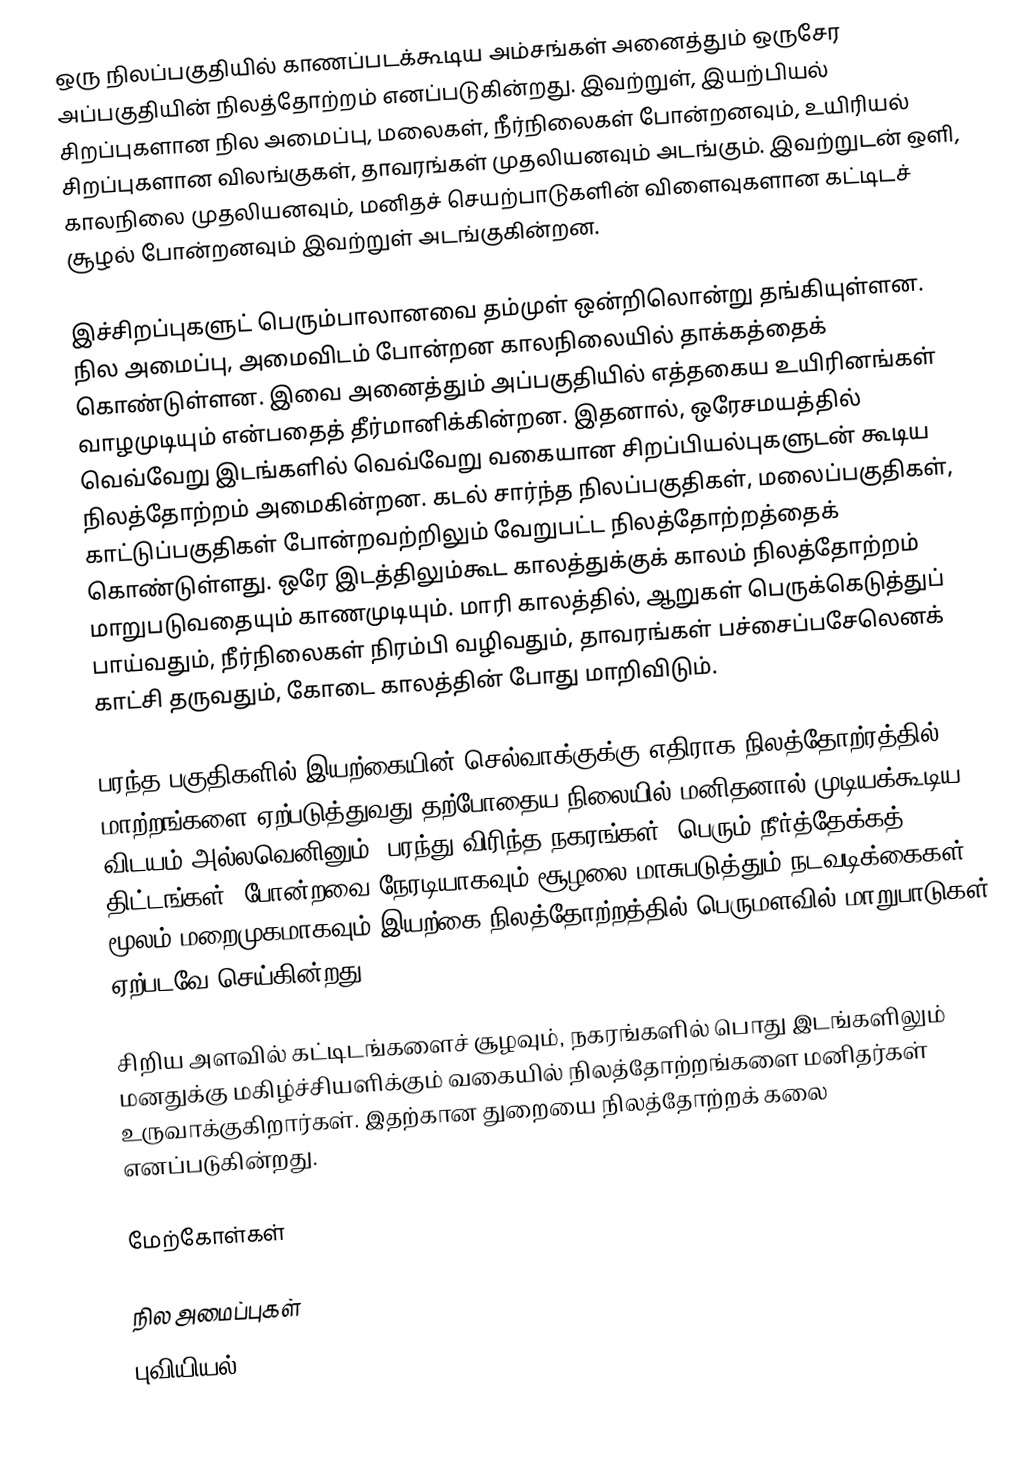
ஒரு நிலப்பகுதியில் காணப்படக்கூடிய அம்சங்கள் அனைத்தும் ஒருசேர அப்பகுதியின் நிலத்தோற்றம் எனப்படுகின்றது. இவற்றுள், இயற்பியல் சிறப்புகளான நில அமைப்பு, மலைகள், நீர்நிலைகள் போன்றனவும், உயிரியல் சிறப்புகளான விலங்குகள், தாவரங்கள் முதலியனவும் அடங்கும். இவற்றுடன் ஒளி, காலநிலை முதலியனவும், மனிதச் செயற்பாடுகளின் விளைவுகளான கட்டிடச் சூழல் போன்றனவும் இவற்றுள் அடங்குகின்றன.

இச்சிறப்புகளுட் பெரும்பாலானவை தம்முள் ஒன்றிலொன்று தங்கியுள்ளன. நில அமைப்பு, அமைவிடம் போன்றன காலநிலையில் தாக்கத்தைக் கொண்டுள்ளன. இவை அனைத்தும் அப்பகுதியில் எத்தகைய உயிரினங்கள் வாழமுடியும் என்பதைத் தீர்மானிக்கின்றன. இதனால், ஒரேசமயத்தில் வெவ்வேறு இடங்களில் வெவ்வேறு வகையான சிறப்பியல்புகளுடன் கூடிய நிலத்தோற்றம் அமைகின்றன. கடல் சார்ந்த நிலப்பகுதிகள், மலைப்பகுதிகள், காட்டுப்பகுதிகள் போன்றவற்றிலும் வேறுபட்ட நிலத்தோற்றத்தைக் கொண்டுள்ளது. ஒரே இடத்திலும்கூட காலத்துக்குக் காலம் நிலத்தோற்றம் மாறுபடுவதையும் காணமுடியும். மாரி காலத்தில், ஆறுகள் பெருக்கெடுத்துப் பாய்வதும், நீர்நிலைகள் நிரம்பி வழிவதும், தாவரங்கள் பச்சைப்பசேலெனக் காட்சி தருவதும், கோடை காலத்தின் போது மாறிவிடும்.

பரந்த பகுதிகளில் இயற்கையின் செல்வாக்குக்கு எதிராக நிலத்தோற்ரத்தில் மாற்றங்களை ஏற்படுத்துவது தற்போதைய நிலையில் மனிதனால் முடியக்கூடிய விடயம் அல்லவெனினும், பரந்து விரிந்த நகரங்கள், பெரும் நீர்த்தேக்கத் திட்டங்கள், போன்றவை நேரடியாகவும்,சூழலை மாசுபடுத்தும் நடவடிக்கைகள் மூலம் மறைமுகமாகவும் இயற்கை நிலத்தோற்றத்தில் பெருமளவில் மாறுபாடுகள் ஏற்படவே செய்கின்றது.

சிறிய அளவில் கட்டிடங்களைச் சூழவும், நகரங்களில் பொது இடங்களிலும் மனதுக்கு மகிழ்ச்சியளிக்கும் வகையில் நிலத்தோற்றங்களை மனிதர்கள் உருவாக்குகிறார்கள். இதற்கான துறையை நிலத்தோற்றக் கலை எனப்படுகின்றது.

மேற்கோள்கள்

நில அமைப்புகள்
புவியியல்